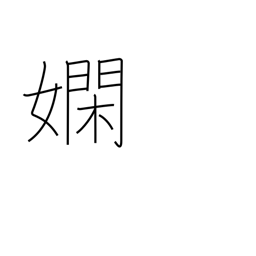
Meaning: skillful